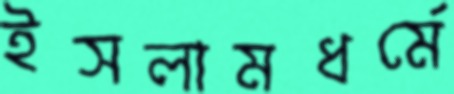
ইসলামধর্মে